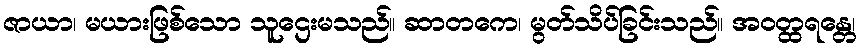
ဇာယာ၊ မယားဖြစ်သော သူဌေးမသည်။ ဆာတကေ၊ မွတ်သိပ်ခြင်းသည်။ အဝတ္ထရန္တေ၊